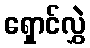
ရှောင်လွှဲ